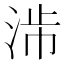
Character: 𣴯